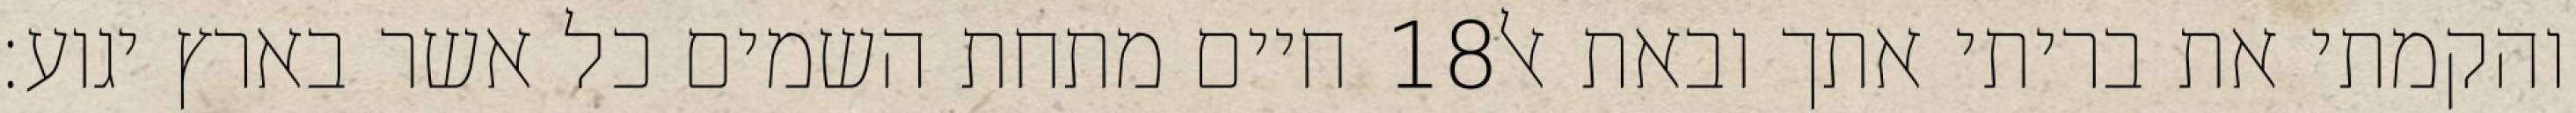
חיים מתחת השמים כל אשר בארץ יגוע׃ ‎18‏ והקמתי את בריתי אתך ובאת אל